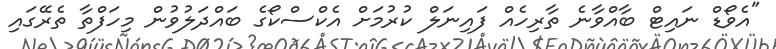
"އެވޯޑް ނައިޓް ބާއްވާނެ ތާރިހެއް ފައިނަލް ކުރުމަށް އެކްސްކޯގެ ބައްދަލުވުން މިހަފްތާ ތެރޭގައި